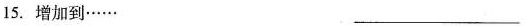
15. 增加到…… ___